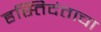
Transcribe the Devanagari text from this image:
हस्तिदंताचा